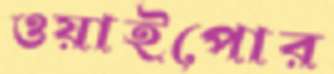
ওয়াইপোর